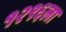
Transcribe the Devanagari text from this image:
१२९६ला